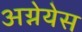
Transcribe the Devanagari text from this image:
अग्नेयेस